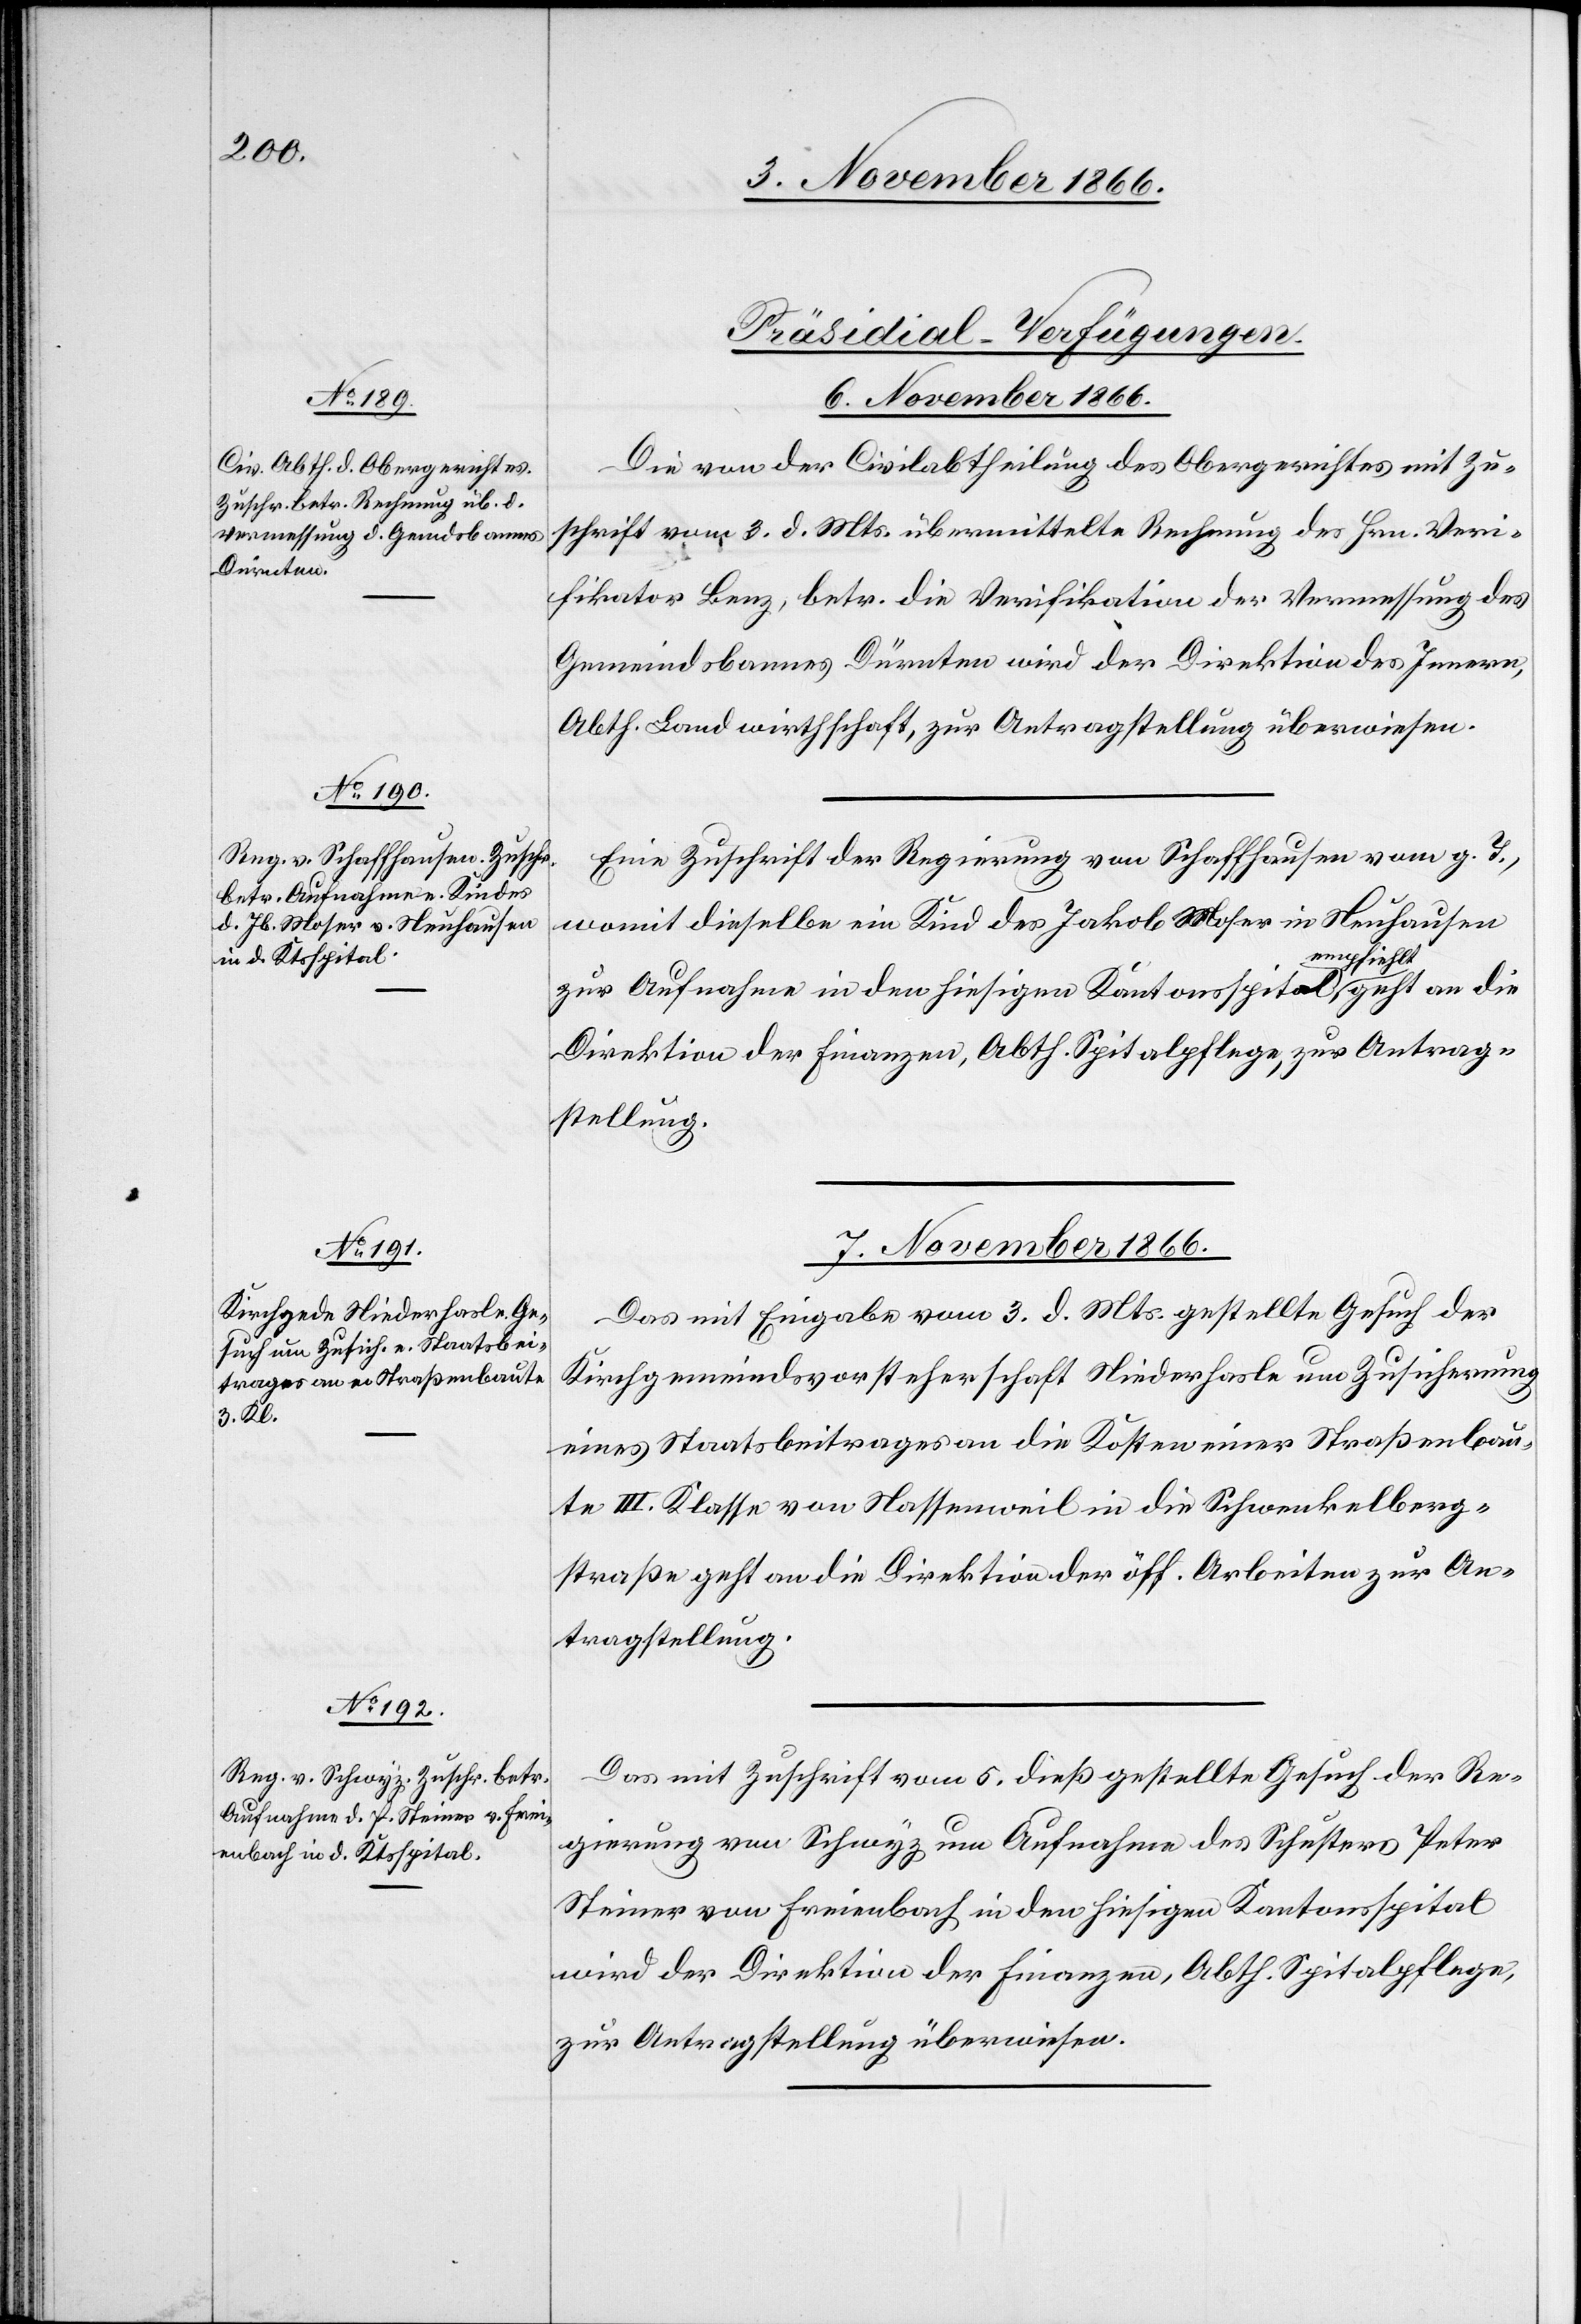
[Präsidial-Verfügungen.]
6. November 1866.]
Die von der Civilabtheilung des Obergerichtes mit Zu¬
schrift vom 3. d. Mts. übermittelte Rechnung des Hrn. Veri¬
fikator Benz, betr. die Verifikation der Vermessung des
Gemeindsbannes Dürnten wird der Direktion des Innern,
Abth. Landwirthschaft, zur Antragstellung überwiesen.
Eine Zuschrift der Regierung von Schaffhausen vom g. T.,
womit dieselbe ein Kind des Jakob Moser in Neuhausen
zur Aufnahme in den hiesigen Kantonsspital empfiehlt, geht an die
Direktion der Finanzen, Abth. Spitalpflege, zur Antrag¬
stellung.
7. November 1866.
Das mit Eingabe vom 3. d. Mts. gestellte Gesuch der
Kirchgemeindsvorsteherschaft Niederhasle um Zusicherung
eines Staatsbeitrages an die Kosten einer Straßenbau¬
te III. Klasse von Nassenweil in die Schwenkelberg¬
straße geht an die Direktion der öff. Arbeiten zur An¬
tragstellung.
Das mit Zuschrift vom 5. dieß gestellte Gesuch der Re¬
gierung von Schwyz um Aufnahme des Schusters Peter
Steiner von Freienbach in den hiesigen Kantonsspital
wird der Direktion der Finanzen, Abth. Spitalpflege,
zur Antragstellung überwiesen.